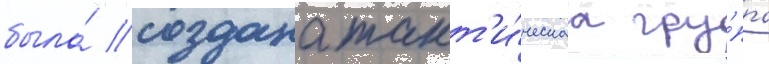
была́ создана такт'и́ческаа гру́ппа